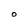
Character: O